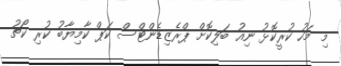
މި މަހު ކުރީކޮޅު ނިއު ބަލިކޮށް ޕްރެޒިޑެންޓްސް ކަޕް ކާމިޔާބު ކުރި ކޯޗު